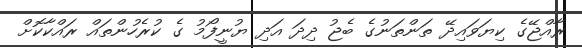
ރާއްޖޭގެ ކިޔަވައިދޭ ތަންތަނުގެ ބެޖު ދިދަ އަދި ޔުނީފޯމު ގެ ކުރެހުންތައް ރައްކާކޮށް